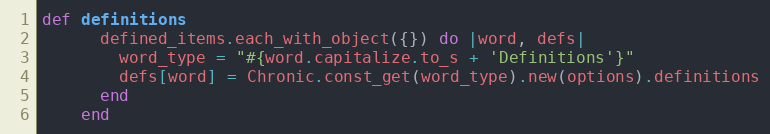
Language: Ruby
def definitions
      defined_items.each_with_object({}) do |word, defs|
        word_type = "#{word.capitalize.to_s + 'Definitions'}"
        defs[word] = Chronic.const_get(word_type).new(options).definitions
      end
    end